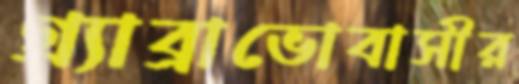
গ্র্যাব্রাভোবাসীর